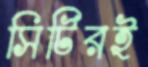
সিটিরই